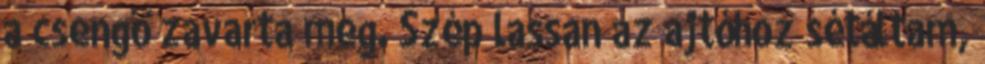
a csengő zavarta meg. Szép lassan az ajtóhoz sétáltam,